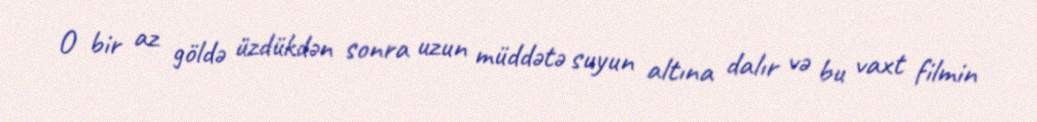
O bir az göldə üzdükdən sonra uzun müddətə suyun altına dalır və bu vaxt filmin